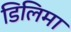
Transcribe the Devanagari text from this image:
डिलिमा